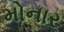
મોનાર